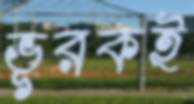
ভূরকই